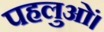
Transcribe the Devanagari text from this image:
पहलुओं।